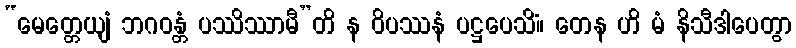
“မေတ္တေယျံ ဘဂဝန္တံ ပဿိဿာမီ”တိ န ဝိပဿနံ ပဋ္ဌပေသိံ။ တေန ဟိ မံ နိသီဒါပေတွာ